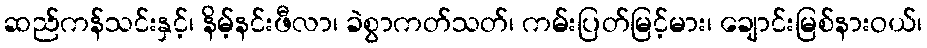
ဆည်ကန်သင်းနှင့်၊ နိမ့်နင်းဖီလာ၊ ခဲစွာကတ်သတ်၊ ကမ်းပြတ်မြင့်မား၊ ချောင်းမြစ်နားဝယ်၊